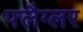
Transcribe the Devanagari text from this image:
फ्लैग्लर